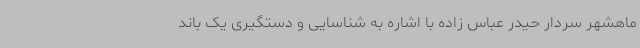
ماهشهر سردار حیدر عباس زاده با اشاره به شناسایی و دستگیری یک باند